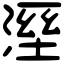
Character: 溼